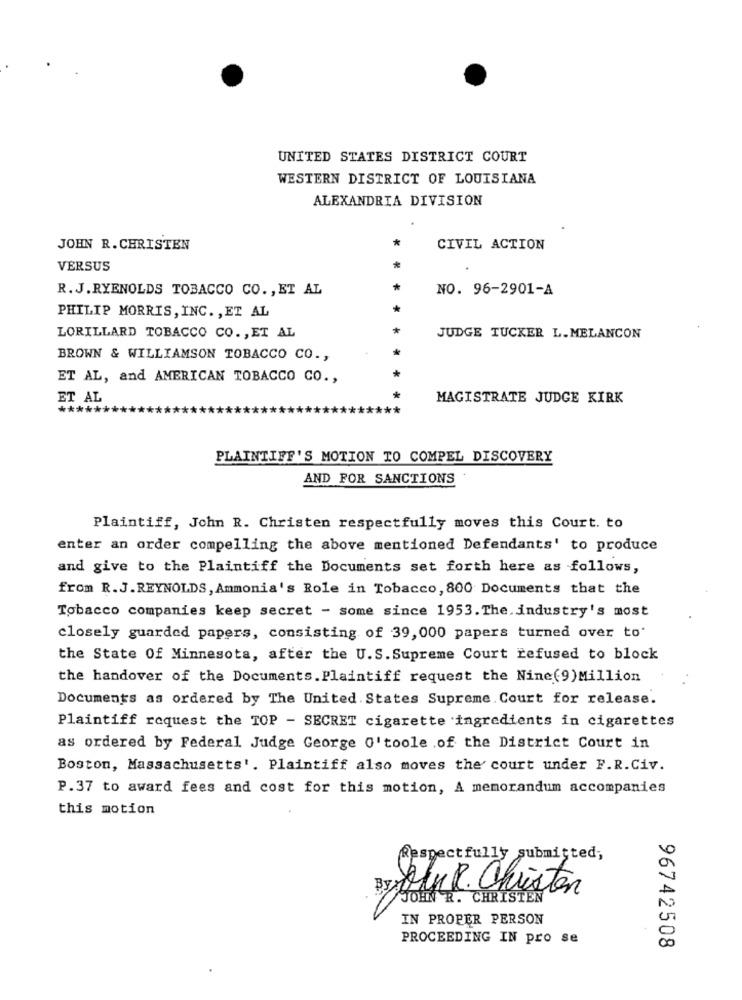
UNITED STATES DISTRICT COURT
WESTERN DISTRICT OF LOUISIANA
ALEXANDRIA DIVISION
*
JOHN R. CHRISTEN
CIVIL ACTION
VERSUS
*
R. J.RYENOLDS TOBACCO CO. , ET AL
NO. 96-2901-A
PHILIP MORRIS, INC. , ET AL
LORILLARD TOBACCO CO. , ET AL
JUDGE TUCKER L. MELANCON
BROWN & WILLIAMSON TOBACCO CO .,
ET AL, and AMERICAN TOBACCO CO .,
ET AL
MAGISTRATE JUDGE KIRK
PLAINTIFF'S MOTION TO COMPEL DISCOVERY
AND FOR SANCTIONS
Plaintiff, John R. Christen respectfully moves this Court. to
enter an order compelling the above mentioned Defendants' to produce
and give to the Plaintiff the Documents set forth here as follows,
from R.J.REYNOLDS, Ammonia's Role in Tobacco, 800 Documents that the
Tobacco companies keep secret - some since 1953. The. industry's most
closely guarded papers, consisting of 39,000 papers turned over to
the State Of Minnesota, after the U.S. Supreme Court refused to block
the handover of the Documents. Plaintiff request the Nine(9)Million
Documents as ordered by The United States Supreme Court for release.
Plaintiff request the TOP - SECRET cigarette ingredients in cigarettes
as ordered by Federal Judge George O'toole of the District Court in
Boston, Massachusetts'. Plaintiff also moves the court under F.R. Civ.
P.37 to award fees and cost for this motion, A memorandum accompanies
this motion
Respectfully submitted;
Br MnR. Christen
JOEN R. CHRISTEN
IN PROPER PERSON
PROCEEDING IN pro se
96742508